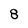
Character: 8